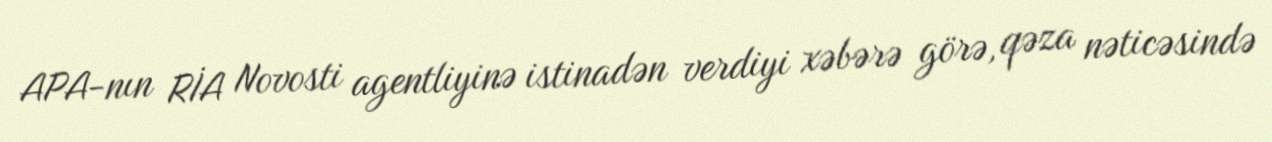
APA-nın RİA Novosti agentliyinə istinadən verdiyi xəbərə görə, qəza nəticəsində